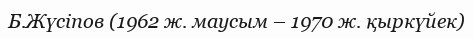
Б.Жүсіпов (1962 ж. маусым – 1970 ж. қыркүйек)